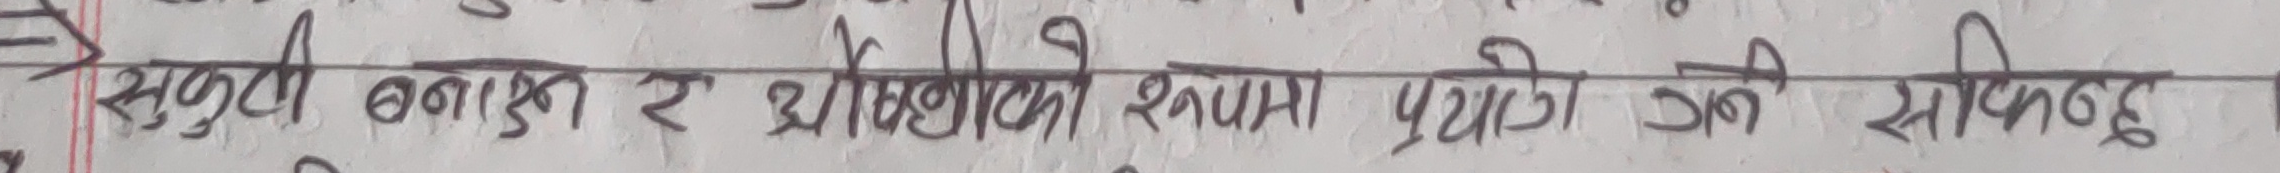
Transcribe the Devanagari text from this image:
सुरुमा बनाउन र थोरैको रूपमा प्रयोग गर्न सकिन्छ ।